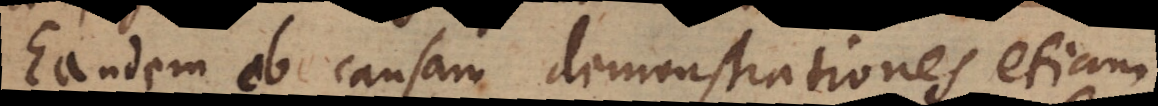
Eandem ob causam demonstrationes etiam